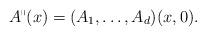
LaTeX: \begin{align*}A^{\shortparallel} (x)= (A_1, \dotsc, A_d)(x, 0). \end{align*}